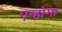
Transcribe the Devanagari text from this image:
एन्हांगा